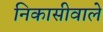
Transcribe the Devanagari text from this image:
निकासीवाले